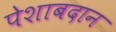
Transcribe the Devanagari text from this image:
पेशाबदान